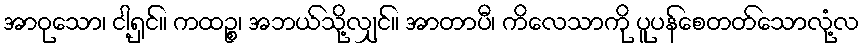
အာဝုသော၊ ငါ့ရှင်။ ကထဉ္စ၊ အဘယ်သို့လျှင်။ အာတာပီ၊ ကိလေသာကို ပူပန်စေတတ်သောလုံ့လ